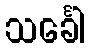
သင်္ခေါ